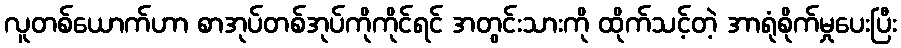
လူတစ်ယောက်ဟာ စာအုပ်တစ်အုပ်ကိုကိုင်ရင် အတွင်းသားကို ထိုက်သင့်တဲ့ အာရုံစိုက်မှုပေးပြီး